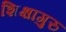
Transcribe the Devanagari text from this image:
शिक्षागुरु